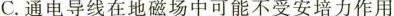
C.通电导线在地磁场中可能不受安培力作用